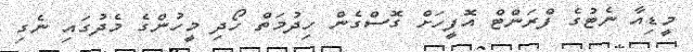
މީޑިއާ ނެޓުގެ ފްރަންޓް އޮފީހަށް ގޮސްގެން ހިދުމަތް ހޯދި މީހުންގެ މެދުގައި ނެގި